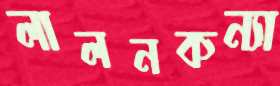
লালনকন্যা